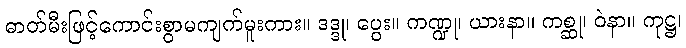
ဓာတ်မီးဖြင့်ကောင်းစွာမကျက်မူးကား။ ဒဒ္ဒု၊ ပွေး။ ကဏ္ဍု၊ ယားနာ။ ကစ္ဆု၊ ဝဲနာ။ ကုဋ္ဌ၊